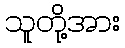
သူတို့အား